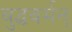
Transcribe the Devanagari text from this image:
बुद्धवर्मन्